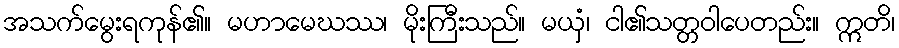
အသက်မွေးရကုန်၏။ မဟာမေဃဿ၊ မိုးကြီးသည်။ မယှံ၊ ငါ၏သတ္တဝါပေတည်း။ ဣတိ၊